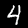
Digit: 4